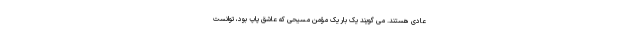
عادی هستند. می گویند یک بار یک مؤمن مسیحی که عاشق پاپ بود، توانست